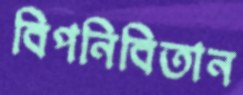
বিপনিবিতান